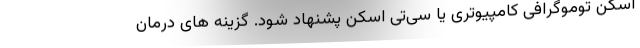
اسکن توموگرافی کامپیوتری یا سی‌تی اسکن پشنهاد شود. گزینه های درمان